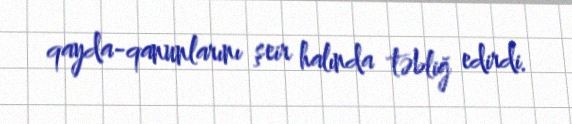
qayda-qanunlarını şeir halında təbliğ edirdi.